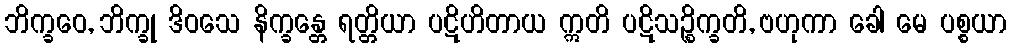
ဘိက္ခဝေ, ဘိက္ခု ဒိဝသေ နိက္ခန္တေ ရတ္တိယာ ပဋိဟိတာယ ဣတိ ပဋိသဉ္စိက္ခတိ, ဗဟုကာ ခေါ မေ ပစ္စယာ